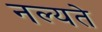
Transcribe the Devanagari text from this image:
नल्यते